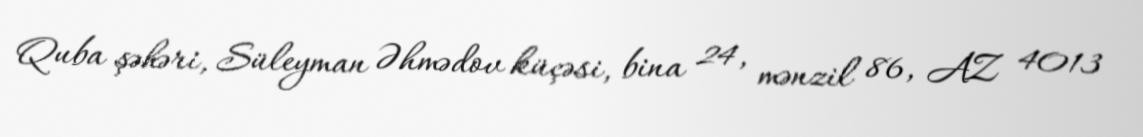
Quba şəhəri, Süleyman Əhmədov küçəsi, bina 24, mənzil 86, AZ 4013